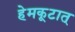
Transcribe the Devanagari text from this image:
हेमकूटात्